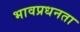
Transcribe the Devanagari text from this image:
भावप्रधनता